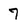
Character: 7